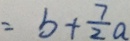
= b + \frac { 7 } { 2 } a